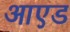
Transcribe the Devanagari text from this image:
आएड